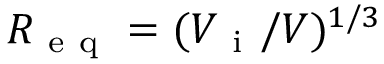
R _ { \mathrm { ~ e ~ q ~ } } = ( V _ { \mathrm { ~ i ~ } } / V ) ^ { 1 / 3 }